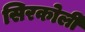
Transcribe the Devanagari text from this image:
सिरकोली